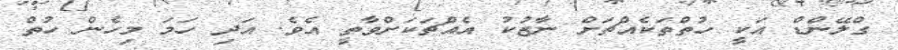
ގްލޭންޑް އަކީ ހުތްތަކެއްޗަށް ނާޒުކު އެއްޗަކަށްވާތީ އެވެ. އަދި ހަމަ މިހެން ހުތް